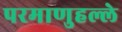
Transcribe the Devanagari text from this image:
परमाणुहल्ले